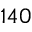
1 4 0